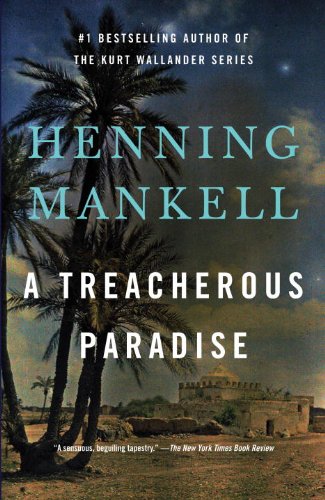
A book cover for A Treacherous Paradise; Henning Mankell; Literature & Fiction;